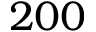
2 0 0